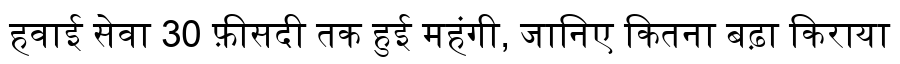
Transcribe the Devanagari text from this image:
हवाई सेवा 30 फ़ीसदी तक हुई महंगी, जानिए कितना बढ़ा किराया